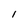
Character: I